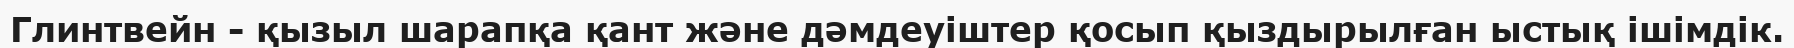
Глинтвейн - қызыл шарапқа қант және дәмдеуіштер қосып қыздырылған ыстық ішімдік.